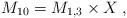
LaTeX: \begin{align*}M_{10}= M_{1,3}\times X\:,\end{align*}